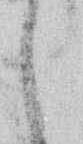
し